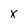
Character: x